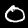
Label: 0